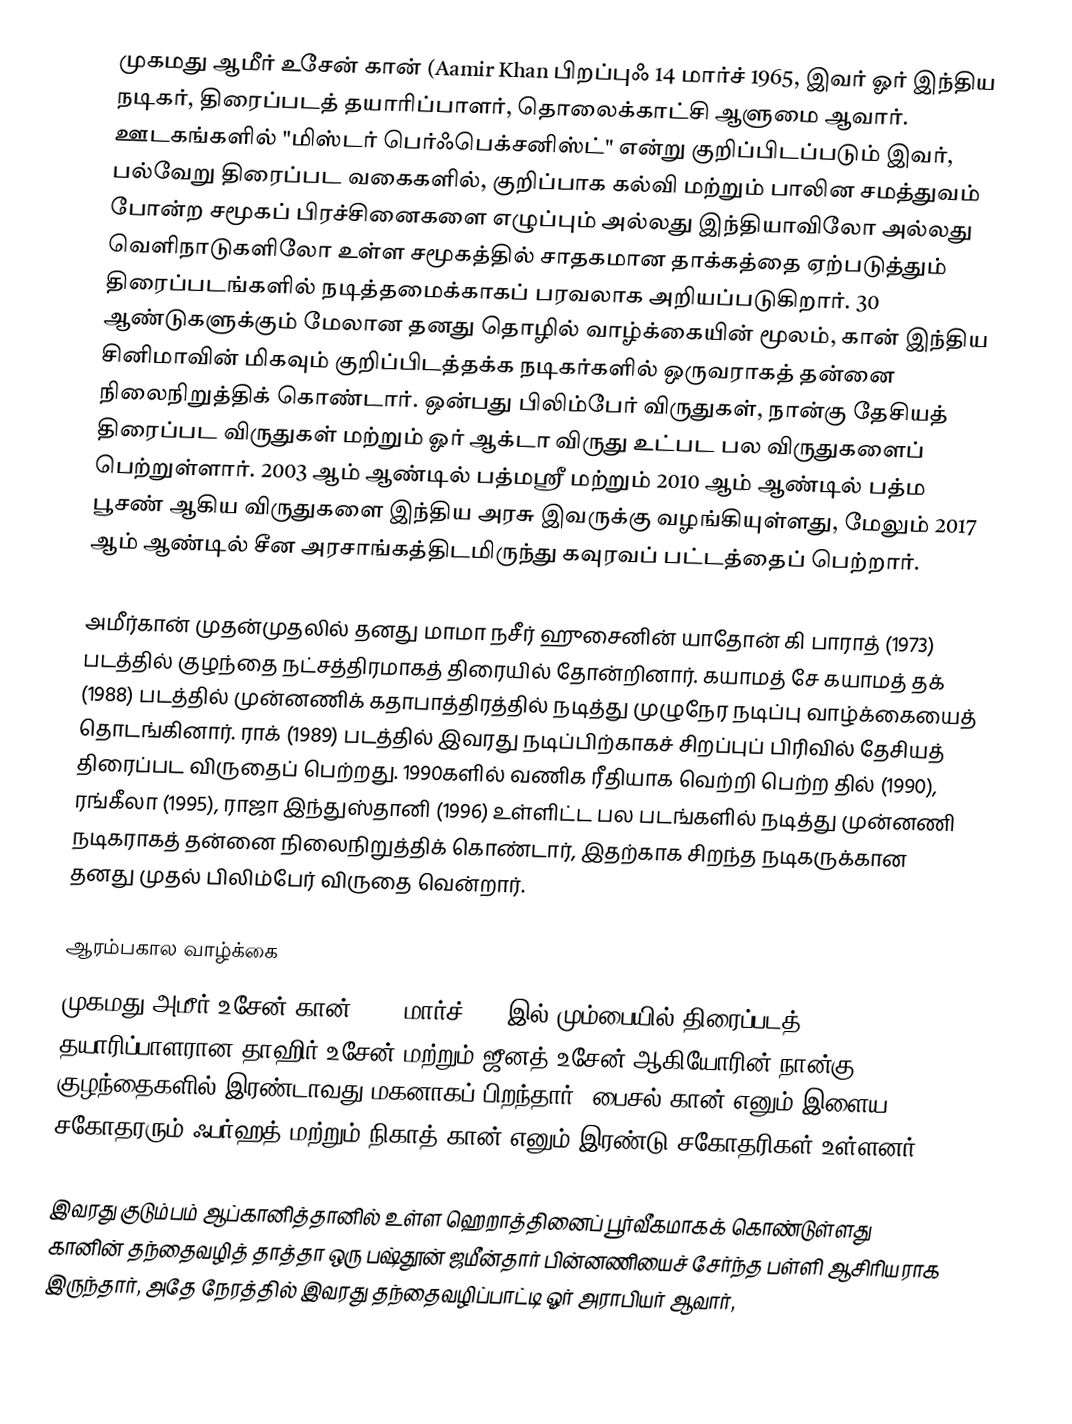
முகமது ஆமீர் உசேன் கான் (Aamir Khan பிறப்புஃ 14 மார்ச் 1965, இவர் ஓர் இந்திய நடிகர், திரைப்படத் தயாரிப்பாளர், தொலைக்காட்சி ஆளுமை ஆவார்.  ஊடகங்களில் "மிஸ்டர் பெர்ஃபெக்சனிஸ்ட்" என்று குறிப்பிடப்படும் இவர், பல்வேறு திரைப்பட வகைகளில், குறிப்பாக கல்வி மற்றும் பாலின சமத்துவம் போன்ற சமூகப் பிரச்சினைகளை எழுப்பும் அல்லது இந்தியாவிலோ அல்லது வெளிநாடுகளிலோ உள்ள சமூகத்தில் சாதகமான தாக்கத்தை ஏற்படுத்தும் திரைப்படங்களில் நடித்தமைக்காகப் பரவலாக அறியப்படுகிறார். 30 ஆண்டுகளுக்கும் மேலான தனது தொழில் வாழ்க்கையின் மூலம், கான் இந்திய சினிமாவின் மிகவும் குறிப்பிடத்தக்க நடிகர்களில் ஒருவராகத் தன்னை நிலைநிறுத்திக் கொண்டார். ஒன்பது பிலிம்பேர் விருதுகள், நான்கு தேசியத் திரைப்பட விருதுகள் மற்றும் ஓர் ஆக்டா விருது உட்பட பல விருதுகளைப் பெற்றுள்ளார். 2003 ஆம் ஆண்டில் பத்மஸ்ரீ மற்றும் 2010 ஆம் ஆண்டில் பத்ம பூசண் ஆகிய விருதுகளை இந்திய அரசு இவருக்கு வழங்கியுள்ளது, மேலும் 2017 ஆம் ஆண்டில் சீன அரசாங்கத்திடமிருந்து கவுரவப் பட்டத்தைப் பெற்றார்.

அமீர்கான் முதன்முதலில் தனது மாமா நசீர் ஹுசைனின் யாதோன் கி பாராத் (1973) படத்தில் குழந்தை நட்சத்திரமாகத் திரையில் தோன்றினார். கயாமத் சே கயாமத் தக் (1988) படத்தில் முன்னணிக் கதாபாத்திரத்தில் நடித்து முழுநேர நடிப்பு வாழ்க்கையைத் தொடங்கினார். ராக் (1989) படத்தில் இவரது நடிப்பிற்காகச் சிறப்புப் பிரிவில் தேசியத் திரைப்பட விருதைப் பெற்றது. 1990களில் வணிக ரீதியாக வெற்றி பெற்ற தில் (1990), ரங்கீலா (1995), ராஜா இந்துஸ்தானி (1996) உள்ளிட்ட பல படங்களில் நடித்து முன்னணி நடிகராகத் தன்னை நிலைநிறுத்திக் கொண்டார், இதற்காக சிறந்த நடிகருக்கான தனது முதல் பிலிம்பேர் விருதை வென்றார்.

ஆரம்பகால வாழ்க்கை
முகமது அமீர் உசேன் கான் 1965 மார்ச் 14- இல் மும்பையில் திரைப்படத் தயாரிப்பாளரான தாஹிர் உசேன் மற்றும் ஜீனத் உசேன் ஆகியோரின் நான்கு குழந்தைகளில் இரண்டாவது மகனாகப் பிறந்தார். பைசல் கான் எனும் இளைய சகோதரரும் ஃபர்ஹத் மற்றும் நிகாத் கான் எனும் இரண்டு சகோதரிகள் உள்ளனர்.

இவரது குடும்பம் ஆப்கானித்தானில் உள்ள ஹெறாத்தினைப் பூர்வீகமாகக் கொண்டுள்ளது கானின் தந்தைவழித் தாத்தா ஒரு பஷ்தூன் ஜமீன்தார் பின்னணியைச் சேர்ந்த பள்ளி ஆசிரியராக இருந்தார், அதே நேரத்தில் இவரது தந்தைவழிப்பாட்டி ஓர் அராபியர் ஆவார்,